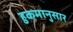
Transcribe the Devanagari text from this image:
हुकमानुसार